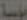
مؤسة